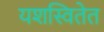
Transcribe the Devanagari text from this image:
यशस्वितेत